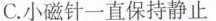
C.小磁针一直保持静止